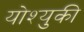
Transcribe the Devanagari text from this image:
योश्युकी